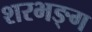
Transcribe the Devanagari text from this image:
शरभङ्ग